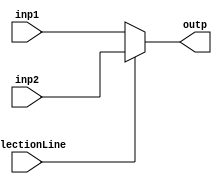
`timescale 1ns/1ps

module MuxTWOxONE32bit
                (
                    input wire [32-1:0]inp1,
                    input wire [32-1:0]inp2,
                    input wire selectionLine,
                    output wire [32-1:0]outp
                );

assign outp = (selectionLine == 0) ? inp1 : inp2;

endmodule